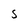
Character: S